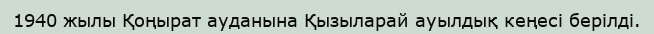
1940 жылы Қоңырат ауданына Қызыларай ауылдық кеңесі берілді.